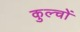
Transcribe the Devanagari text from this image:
कुल्चों